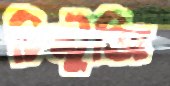
চিন্টুজি